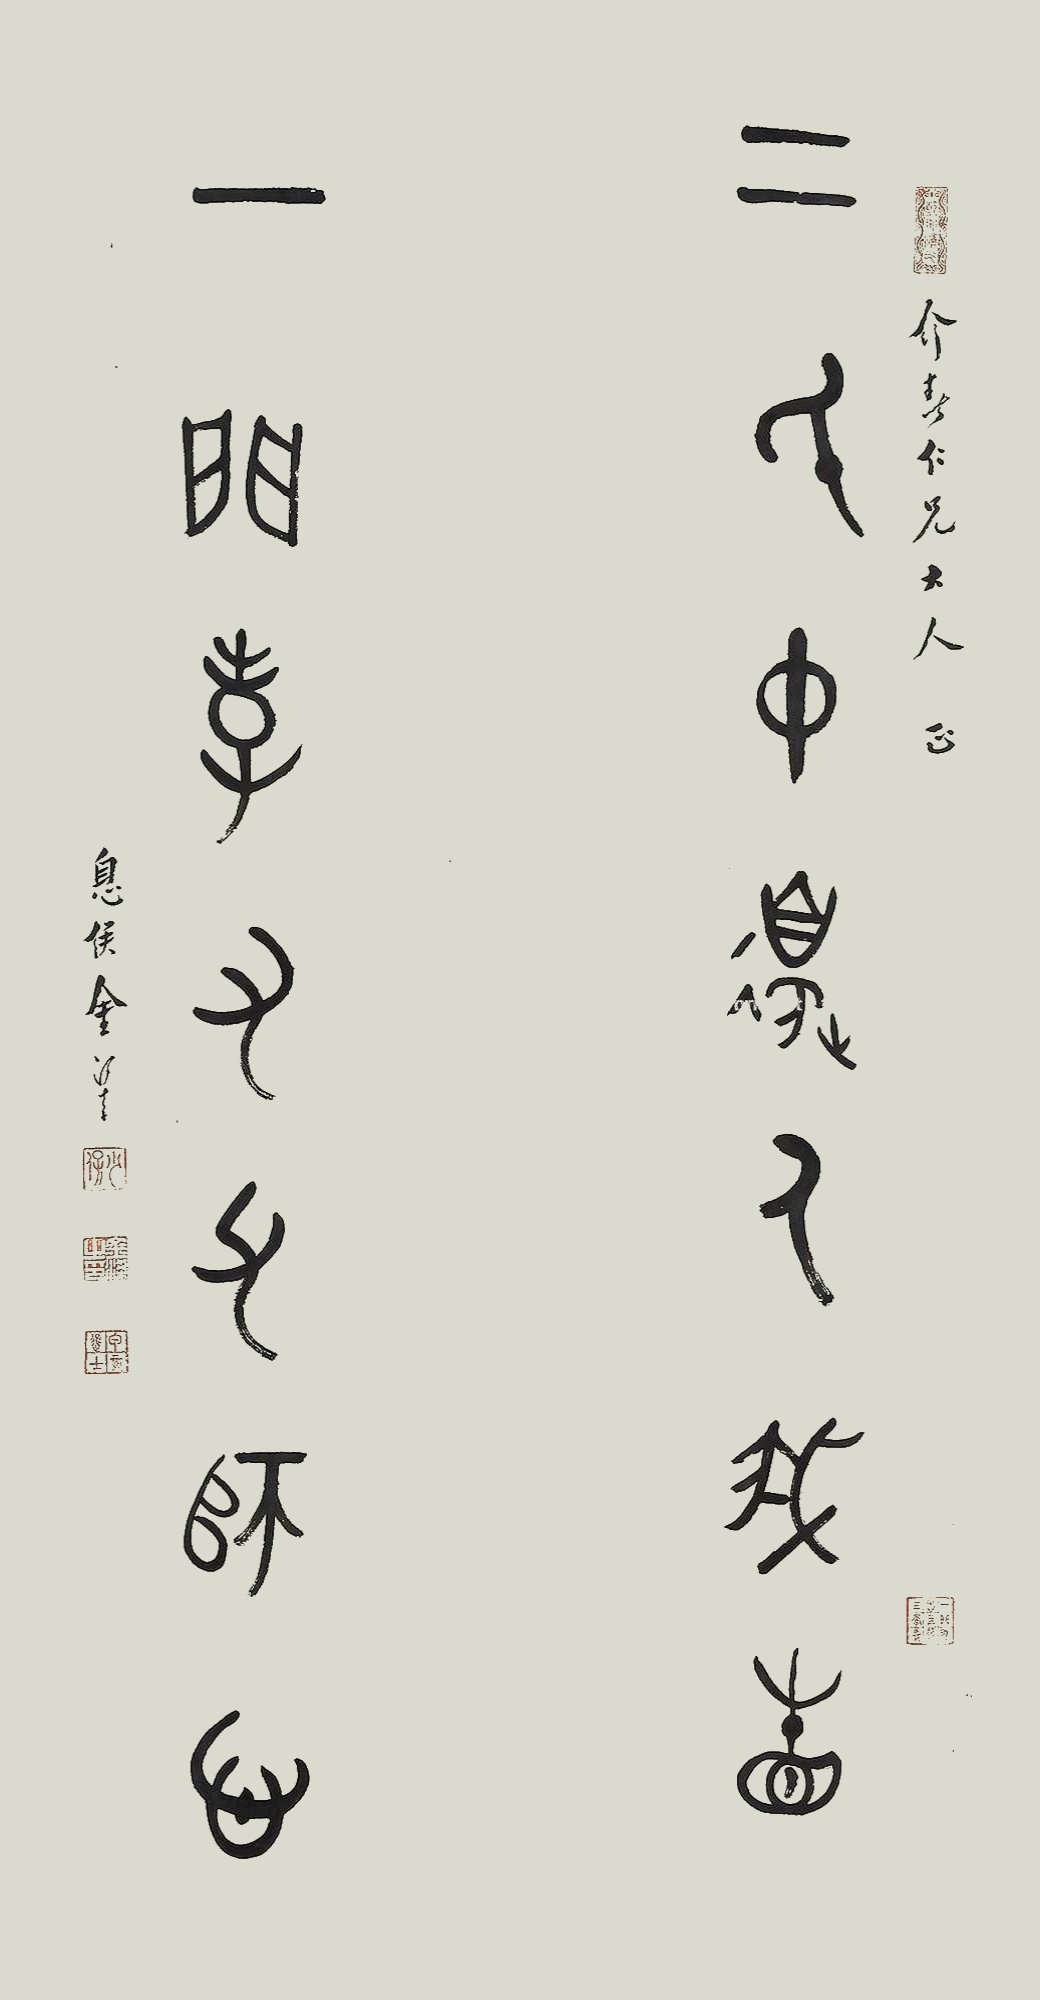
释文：二氏中边入我相，一门孝友父师心。介春仁兄大人正，息侯金梁。